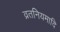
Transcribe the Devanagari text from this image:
व्रतनियमादि